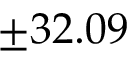
\pm 3 2 . 0 9 \